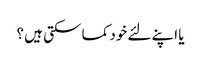
یا اپنے لئے خود کما سکتی ہیں ؟